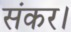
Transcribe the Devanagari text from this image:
संकर।